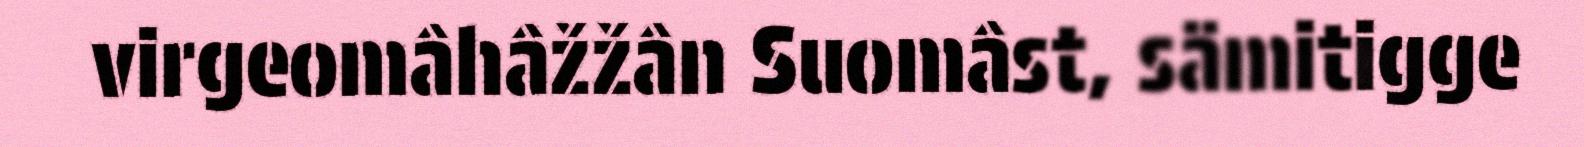
virgeomâhâžžân Suomâst, sämitigge